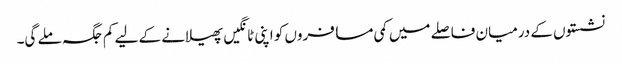
نشستوں کے درمیان فاصلے میں کمی مسافروں کو اپنی ٹانگیں پھیلانے کے لیے کم جگہ ملے گی۔